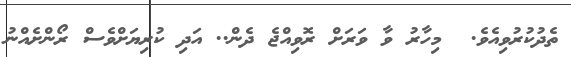
ތެދުކުރުވިއެވެ.  މިހާރު ވާ ވަރަށް ރޮވިއްޖެ ދެން.. އަދި ކުރިޔަށްވެސް ރޯންށެއްނު